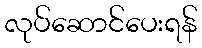
လုပ်ဆောင်ပေးရန်